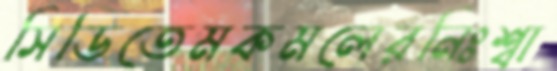
সিডিতেমকমলেরনিঃশ্বা